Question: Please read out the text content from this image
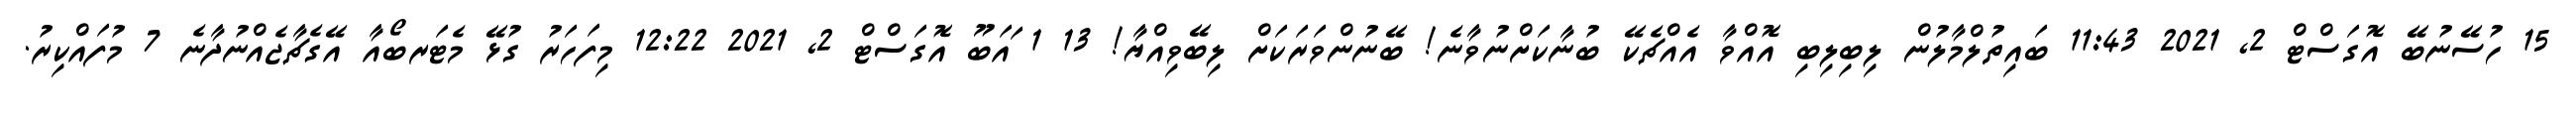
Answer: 15 ހުސޭނުބޭ އޮގަސްޓް 2, 2021 11:43 ބައިތުލްމާލުން ލިބިލިބި އޮއްވާ އެއްޗެކޭ ބުނާކަށްނުވާނެ! ބޭނުންވަރަކަށް ލިބޭވިއްޔާ! 13 1 ައަބޫ އޮގަސްޓް 2, 2021 12:22 މިފަހަރު ގުޅޭ މެޓަރބޯއާ އޭގެޗާޖެއްނުދާނެ 7 މުފައްކިރު.